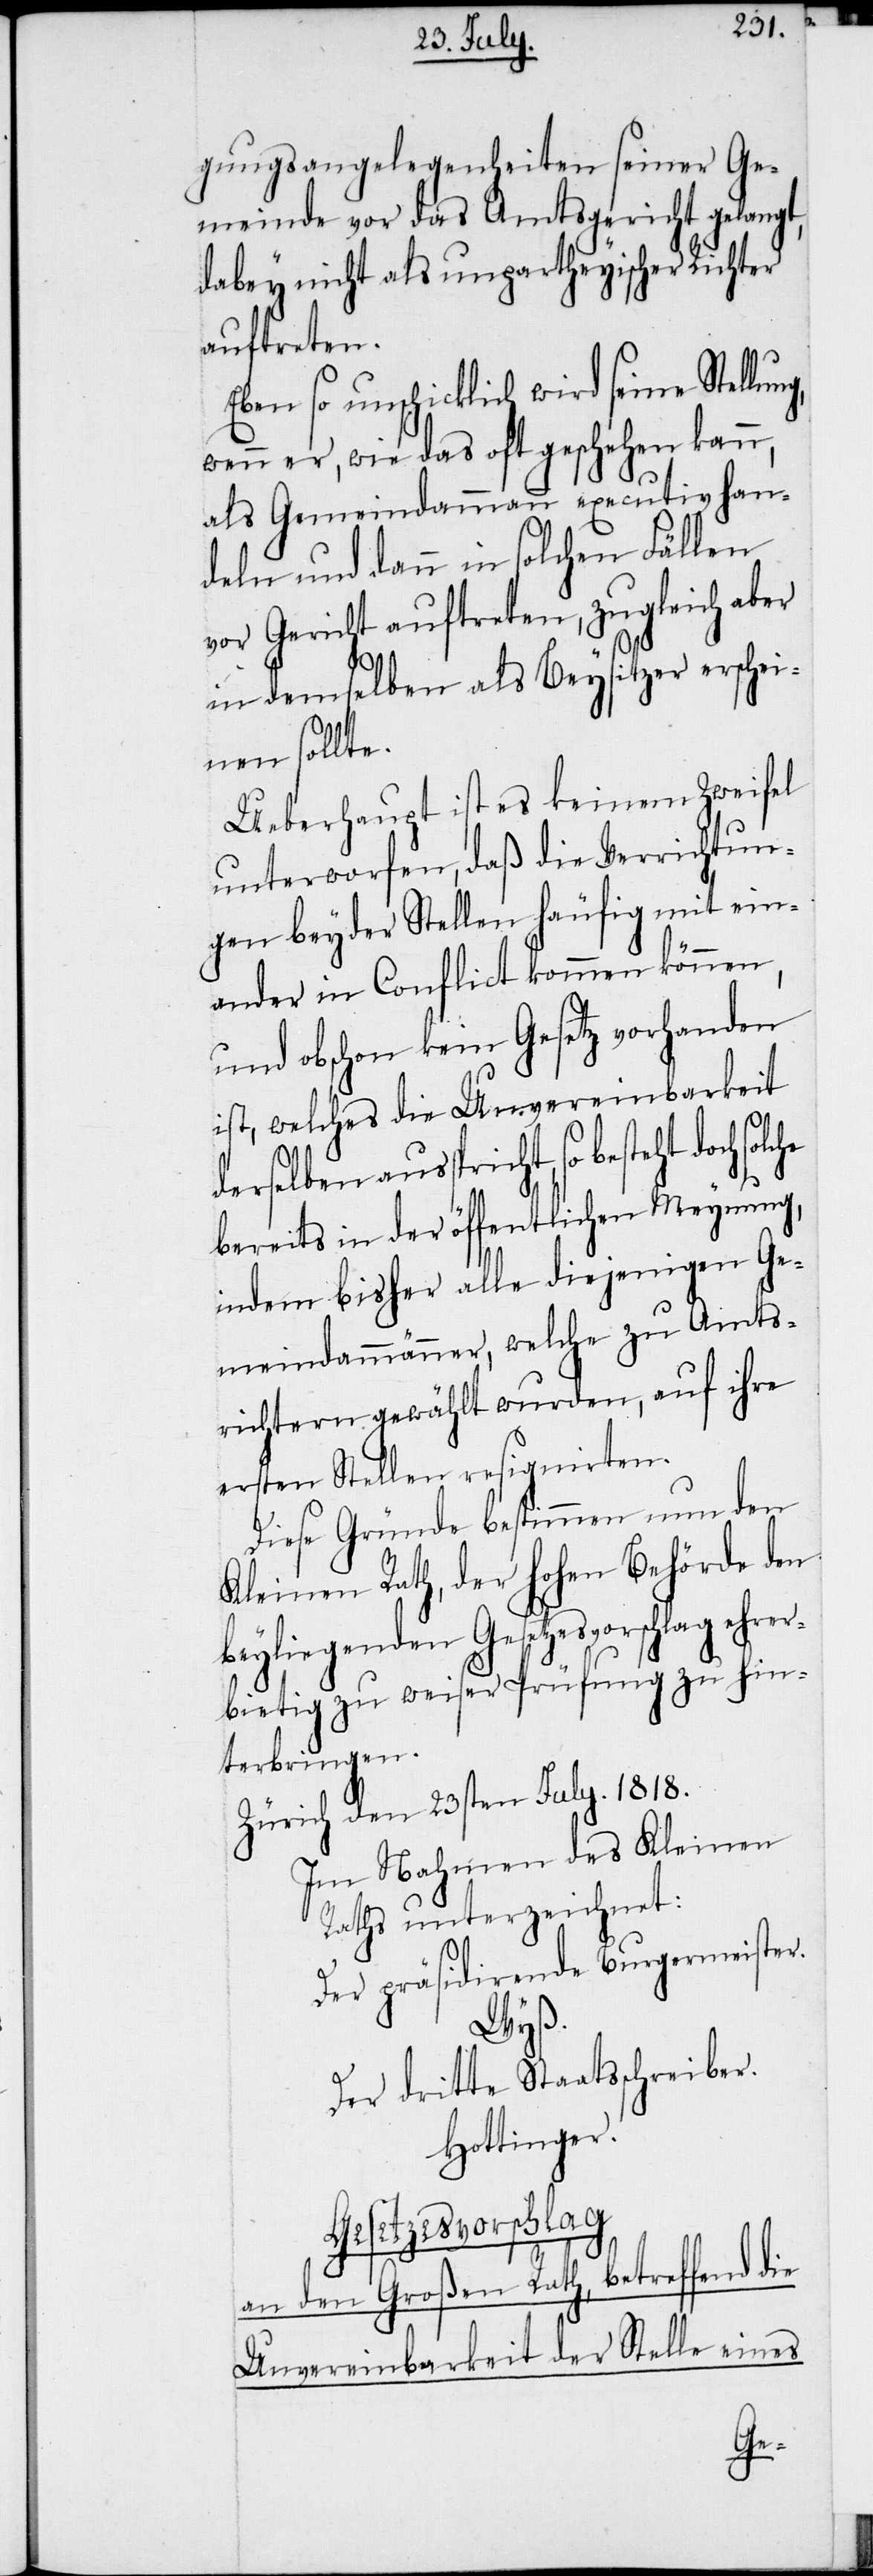
gungsangelegenheiten seiner Ge¬
meinde vor das Amtsgericht gelangt,
dabey nicht als unpartheyischer Richter
auftreten.
Eben so unschicklich wird seine Stellun¬
wenn er, wie das oft geschehen kann,
als Gemeindammann executiv han¬
deln und dann in solchen Fällen
vor Gericht auftreten, zugleich aber
in demselben als Beysitzer erschei¬
nen sollte.
Ueberhaupt ist es keinem Zweifel
unterworfen, daß die Verrichtun¬
gen beyder Stellen häufig mit ein¬
ander in Conflict kommen können,
und obschon kein Gesetz vorhanden
ist, welches die Unvereinbarkeit
derselben ausspricht, so besteht
bereits in der öffentlichen Meynung,
indem bisher alle diejenigen Ge¬
meindammänner, welche zu Amts¬
richtern gewählt wurden, auf ihre
ersten Stellen resignirten.
Diese Gründe bestimmen nun den
Kleinen Rath, der hohen Behörde den
beyliegenden Gesetzesvorschlag ehrer¬
bietig zu weiser Prüfung zu hin¬
terbringen.
Zürich den 23sten July. 1818.
Im Nahmen des Kleinen
Raths unterzeichnet:
Der präsidirende Burgermeister.
Wyß.
Der dritte Staatsschreiber.
Hottinger.
Gesetzesvorschlag
an den Großen Rath, betreffend die
Unvereinbarkeit der Stelle eines

g,